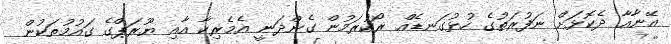
އޭނާއާ ދެކޮޅަށް ނަފުރަތުގެ ހުޅުގަނޑެއް ރޯކުރަމުން ގެންދަނީ އެމެރިކާ އާއި ޔޫރަޕްގެ ގައުމުތަކުން